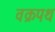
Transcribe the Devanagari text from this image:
वक्रपथ